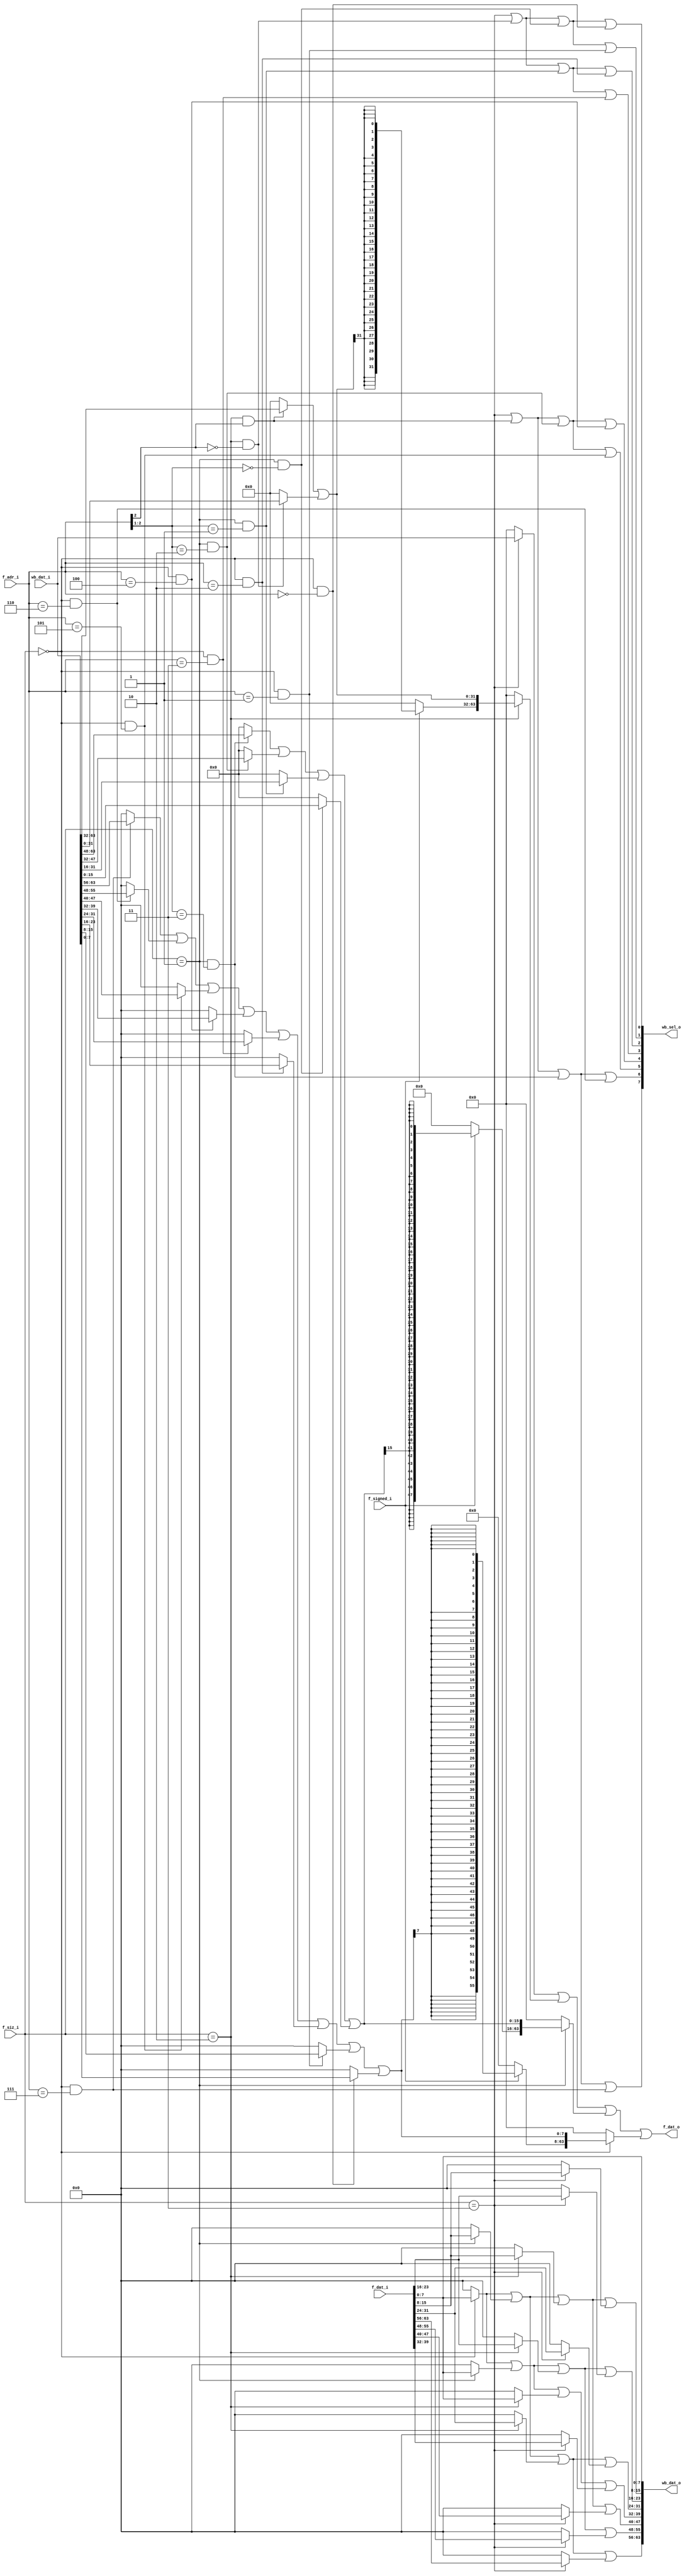
module bridge(
	// FURCULA BUS
	input		f_signed_i,
	input	[1:0]	f_siz_i,
	input	[2:0]	f_adr_i,
	input	[63:0]	f_dat_i,
	output	[63:0]	f_dat_o,

	// WISHBONE BUS
	output	[7:0]	wb_sel_o,
	output	[63:0]	wb_dat_o,
	input	[63:0]	wb_dat_i
);
	// Wishbone SEL_O signal generation.

	wire size_byte = (f_siz_i == 2'b00);
	wire size_hword = (f_siz_i == 2'b01);
	wire size_word = (f_siz_i == 2'b10);
	wire size_dword = (f_siz_i == 2'b11);

	wire ab7 = f_adr_i[2:0] == 3'b111;
	wire ab6 = f_adr_i[2:0] == 3'b110;
	wire ab5 = f_adr_i[2:0] == 3'b101;
	wire ab4 = f_adr_i[2:0] == 3'b100;
	wire ab3 = f_adr_i[2:0] == 3'b011;
	wire ab2 = f_adr_i[2:0] == 3'b010;
	wire ab1 = f_adr_i[2:0] == 3'b001;
	wire ab0 = f_adr_i[2:0] == 3'b000;

	wire ah3 = f_adr_i[2:1] == 2'b11;
	wire ah2 = f_adr_i[2:1] == 2'b10;
	wire ah1 = f_adr_i[2:1] == 2'b01;
	wire ah0 = f_adr_i[2:1] == 2'b00;

	wire aw1 = f_adr_i[2] == 1'b1;
	wire aw0 = f_adr_i[2] == 1'b0;

	wire den = size_dword;
	wire wen1 = size_word & aw1;
	wire wen0 = size_word & aw0;
	wire hen3 = size_hword & ah3;
	wire hen2 = size_hword & ah2;
	wire hen1 = size_hword & ah1;
	wire hen0 = size_hword & ah0;
	wire ben7 = size_byte & ab7;
	wire ben6 = size_byte & ab6;
	wire ben5 = size_byte & ab5;
	wire ben4 = size_byte & ab4;
	wire ben3 = size_byte & ab3;
	wire ben2 = size_byte & ab2;
	wire ben1 = size_byte & ab1;
	wire ben0 = size_byte & ab0;

	wire sel7 = den | wen1 | hen3 | ben7;
	wire sel6 = den | wen1 | hen3 | ben6;
	wire sel5 = den | wen1 | hen2 | ben5;
	wire sel4 = den | wen1 | hen2 | ben4;
	wire sel3 = den | wen0 | hen1 | ben3;
	wire sel2 = den | wen0 | hen1 | ben2;
	wire sel1 = den | wen0 | hen0 | ben1;
	wire sel0 = den | wen0 | hen0 | ben0;

	assign wb_sel_o = {sel7, sel6, sel5, sel4, sel3, sel2, sel1, sel0};

	// Furcula-to-Wishbone Data Routing

	wire [7:0] od7 =
		(size_byte ? f_dat_i[7:0] : 0) |
		(size_hword ? f_dat_i[15:8] : 0) |
		(size_word ? f_dat_i[31:24] : 0) |
		(size_dword ? f_dat_i[63:56] : 0);

	wire [7:0] od6 =
		(size_byte ? f_dat_i[7:0] : 0) |
		(size_hword ? f_dat_i[7:0] : 0) |
		(size_word ? f_dat_i[23:16] : 0) |
		(size_dword ? f_dat_i[55:48] : 0);

	wire [7:0] od5 =
		(size_byte ? f_dat_i[7:0] : 0) |
		(size_hword ? f_dat_i[15:8] : 0) |
		(size_word ? f_dat_i[15:8] : 0) |
		(size_dword ? f_dat_i[47:40] : 0);

	wire [7:0] od4 =
		(size_byte ? f_dat_i[7:0] : 0) |
		(size_hword ? f_dat_i[7:0] : 0) |
		(size_word ? f_dat_i[7:0] : 0) |
		(size_dword ? f_dat_i[39:32] : 0);

	wire [7:0] od3 =
		(size_byte ? f_dat_i[7:0] : 0) |
		(size_hword ? f_dat_i[15:8] : 0) |
		(size_word ? f_dat_i[31:24] : 0) |
		(size_dword ? f_dat_i[31:24] : 0);

	wire [7:0] od2 =
		(size_byte ? f_dat_i[7:0] : 0) |
		(size_hword ? f_dat_i[7:0] : 0) |
		(size_word ? f_dat_i[23:16] : 0) |
		(size_dword ? f_dat_i[23:16] : 0);

	wire [7:0] od1 =
		(size_byte ? f_dat_i[7:0] : 0) |
		(size_hword ? f_dat_i[15:8] : 0) |
		(size_word ? f_dat_i[15:8] : 0) |
		(size_dword ? f_dat_i[15:8] : 0);

	wire [7:0] od0 = f_dat_i[7:0];

	assign wb_dat_o = {od7, od6, od5, od4, od3, od2, od1, od0};

	// Wishbone to Furcula Data Routing

	wire [31:0] id2 =
			(wen1 ? wb_dat_i[63:32] : 0) |
			(wen0 ? wb_dat_i[31:0] : 0);
	wire [15:0] id1 =
			(hen3 ? wb_dat_i[63:48] : 0) |
			(hen2 ? wb_dat_i[47:32] : 0) |
			(hen1 ? wb_dat_i[31:16] : 0) |
			(hen0 ? wb_dat_i[15:0] : 0);
	wire [7:0] id0 =
			(ben7 ? wb_dat_i[63:56] : 0) |
			(ben6 ? wb_dat_i[55:48] : 0) |
			(ben5 ? wb_dat_i[47:40] : 0) |
			(ben4 ? wb_dat_i[39:32] : 0) |
			(ben3 ? wb_dat_i[31:24] : 0) |
			(ben2 ? wb_dat_i[23:16] : 0) |
			(ben1 ? wb_dat_i[15:8] : 0) |
			(ben0 ? wb_dat_i[7:0] : 0);
	wire [63:32] id2s = (f_signed_i ? {32{id2[31]}} : 32'd0);
	wire [63:16] id1s = (f_signed_i ? {48{id1[15]}} : 48'd0);
	wire [63:8] id0s = (f_signed_i ? {56{id0[7]}} : 56'd0);

	assign f_dat_o =
		(size_dword ? wb_dat_i : 0) |
		(size_word ? {id2s, id2} : 0) |
		(size_hword ? {id1s, id1} : 0) |
		(size_byte ? {id0s, id0} : 0);
endmodule